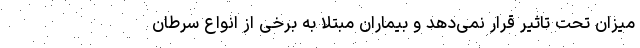
میزان تحت تاثیر قرار نمی‌دهد و بیماران مبتلا به برخی از انواع سرطان